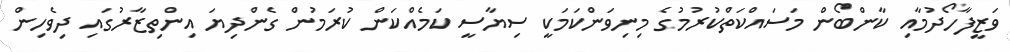
ވަޒީފާހޯދުމާއި ކާންބޯން މަސައްކަތްކުރުމުގެ މިނިވަންކަމަކީ ސިޔާސީ ކަމެއްކަން ކުރަމުން ގެންދިޔަ އިންތިޒާރުގައި ދިވެހިން